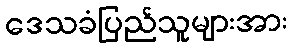
ဒေသခံပြည်သူများအား